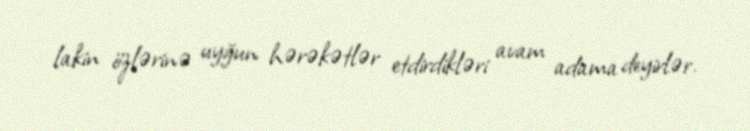
lakin özlərinə uyğun hərəkətlər etdirdikləri avam adama deyirlər.